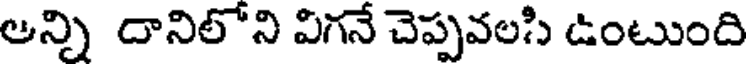
ఆన్ని దానిలోని విగనే చెప్పవలసి ఉంటుంది